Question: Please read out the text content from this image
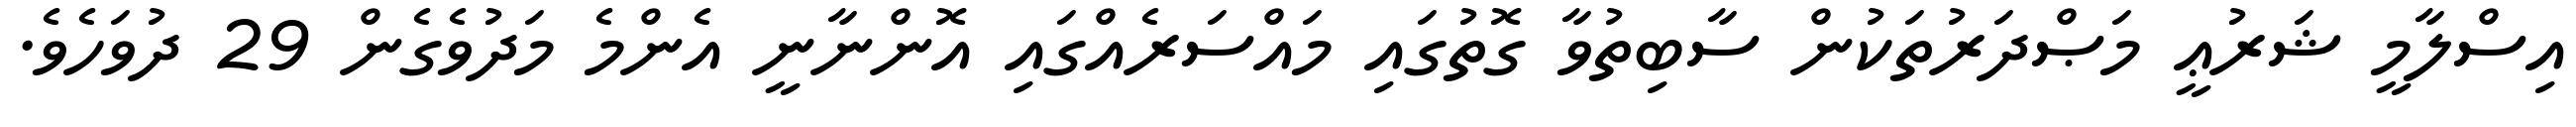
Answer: އިސްލާމީ ޝަރުޢީ މަޞްދަރުތަކުން ސާބިތުވާ ގޮތުގައި މައްސަރެއްގައި އޮންނާނީ އެންމެ މަދުވެގެން 29 ދުވަހެވެ.